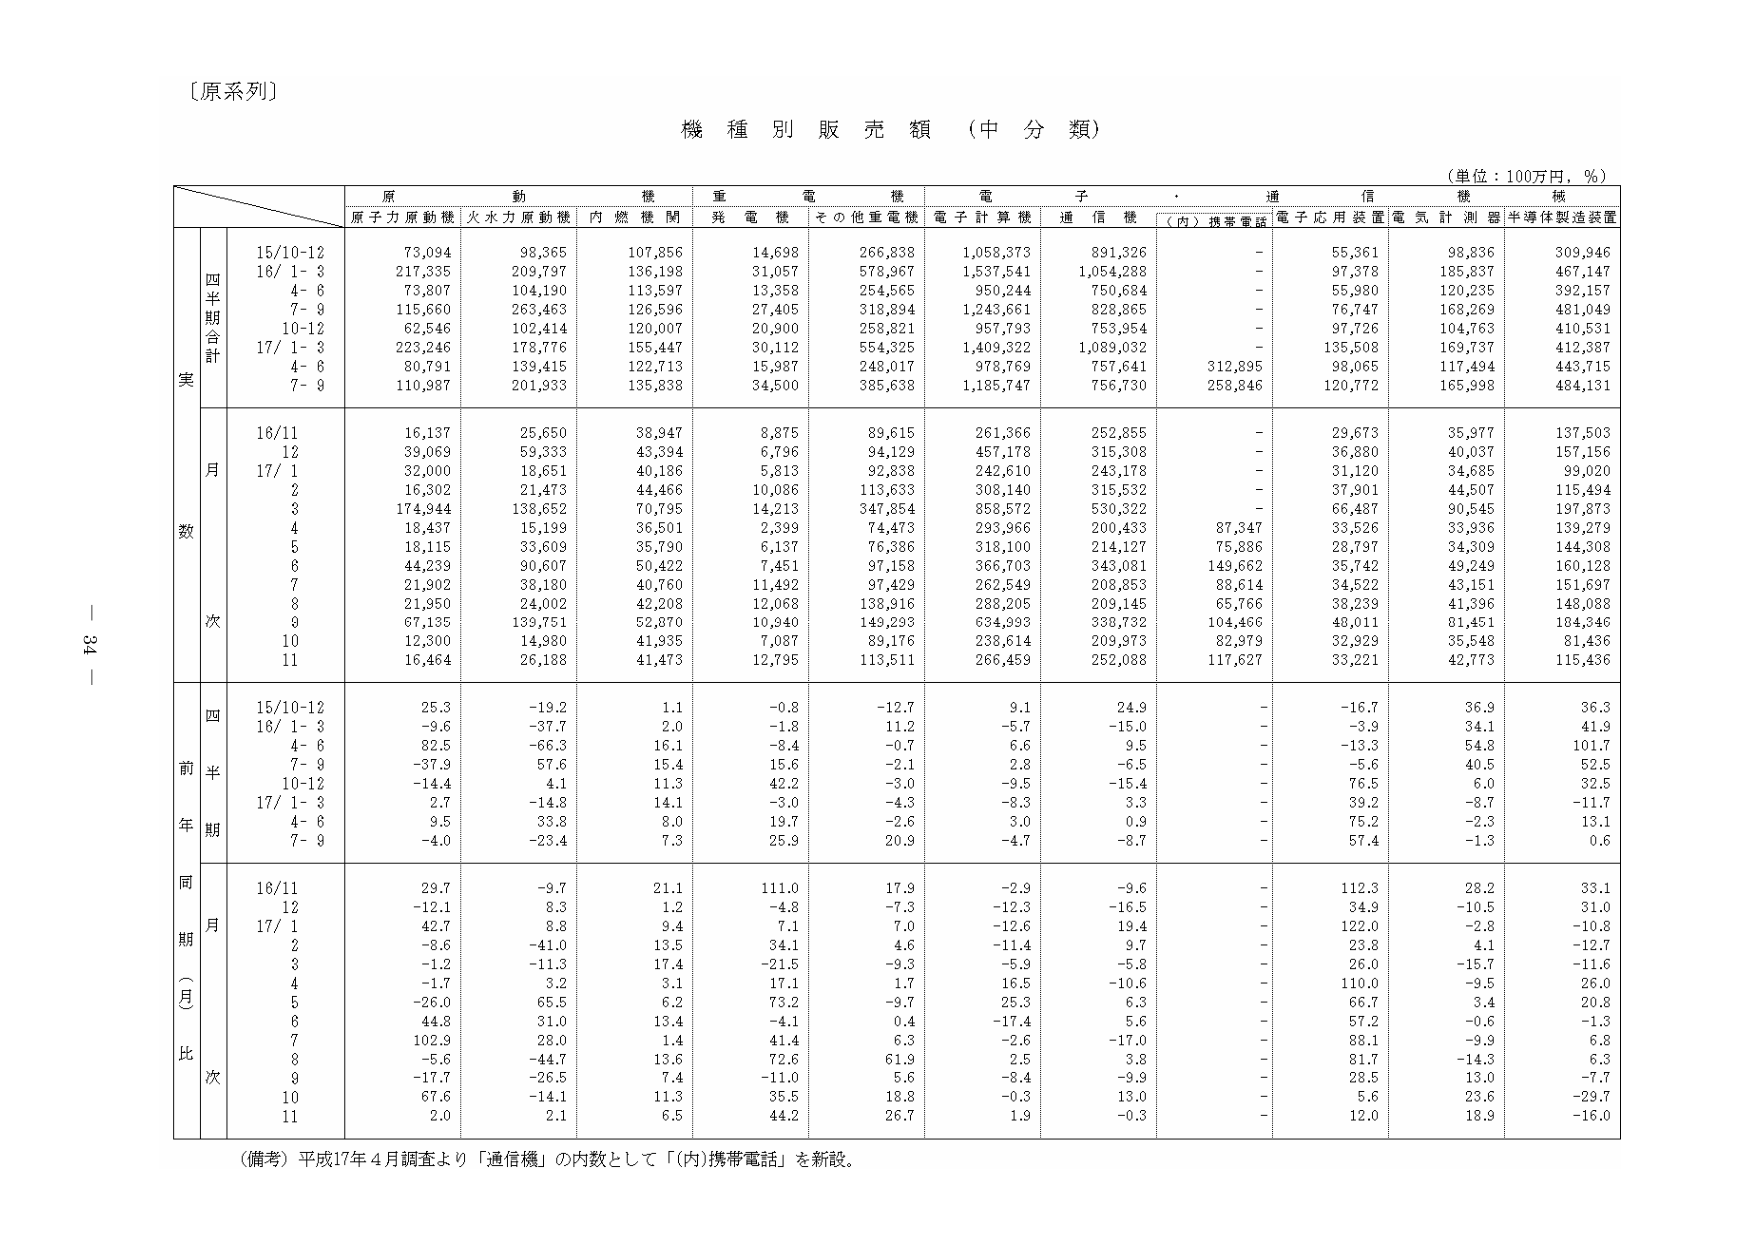
〔原系列〕

機種別販売額（中分類）

（単位：100万円，％）